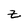
Character: Z